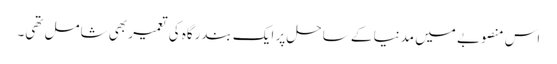
اس منصوبے میں مدنیا کے ساحل پر ایک بندرگاہ کی تعمیر بھی شامل تھی۔